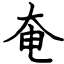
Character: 奄